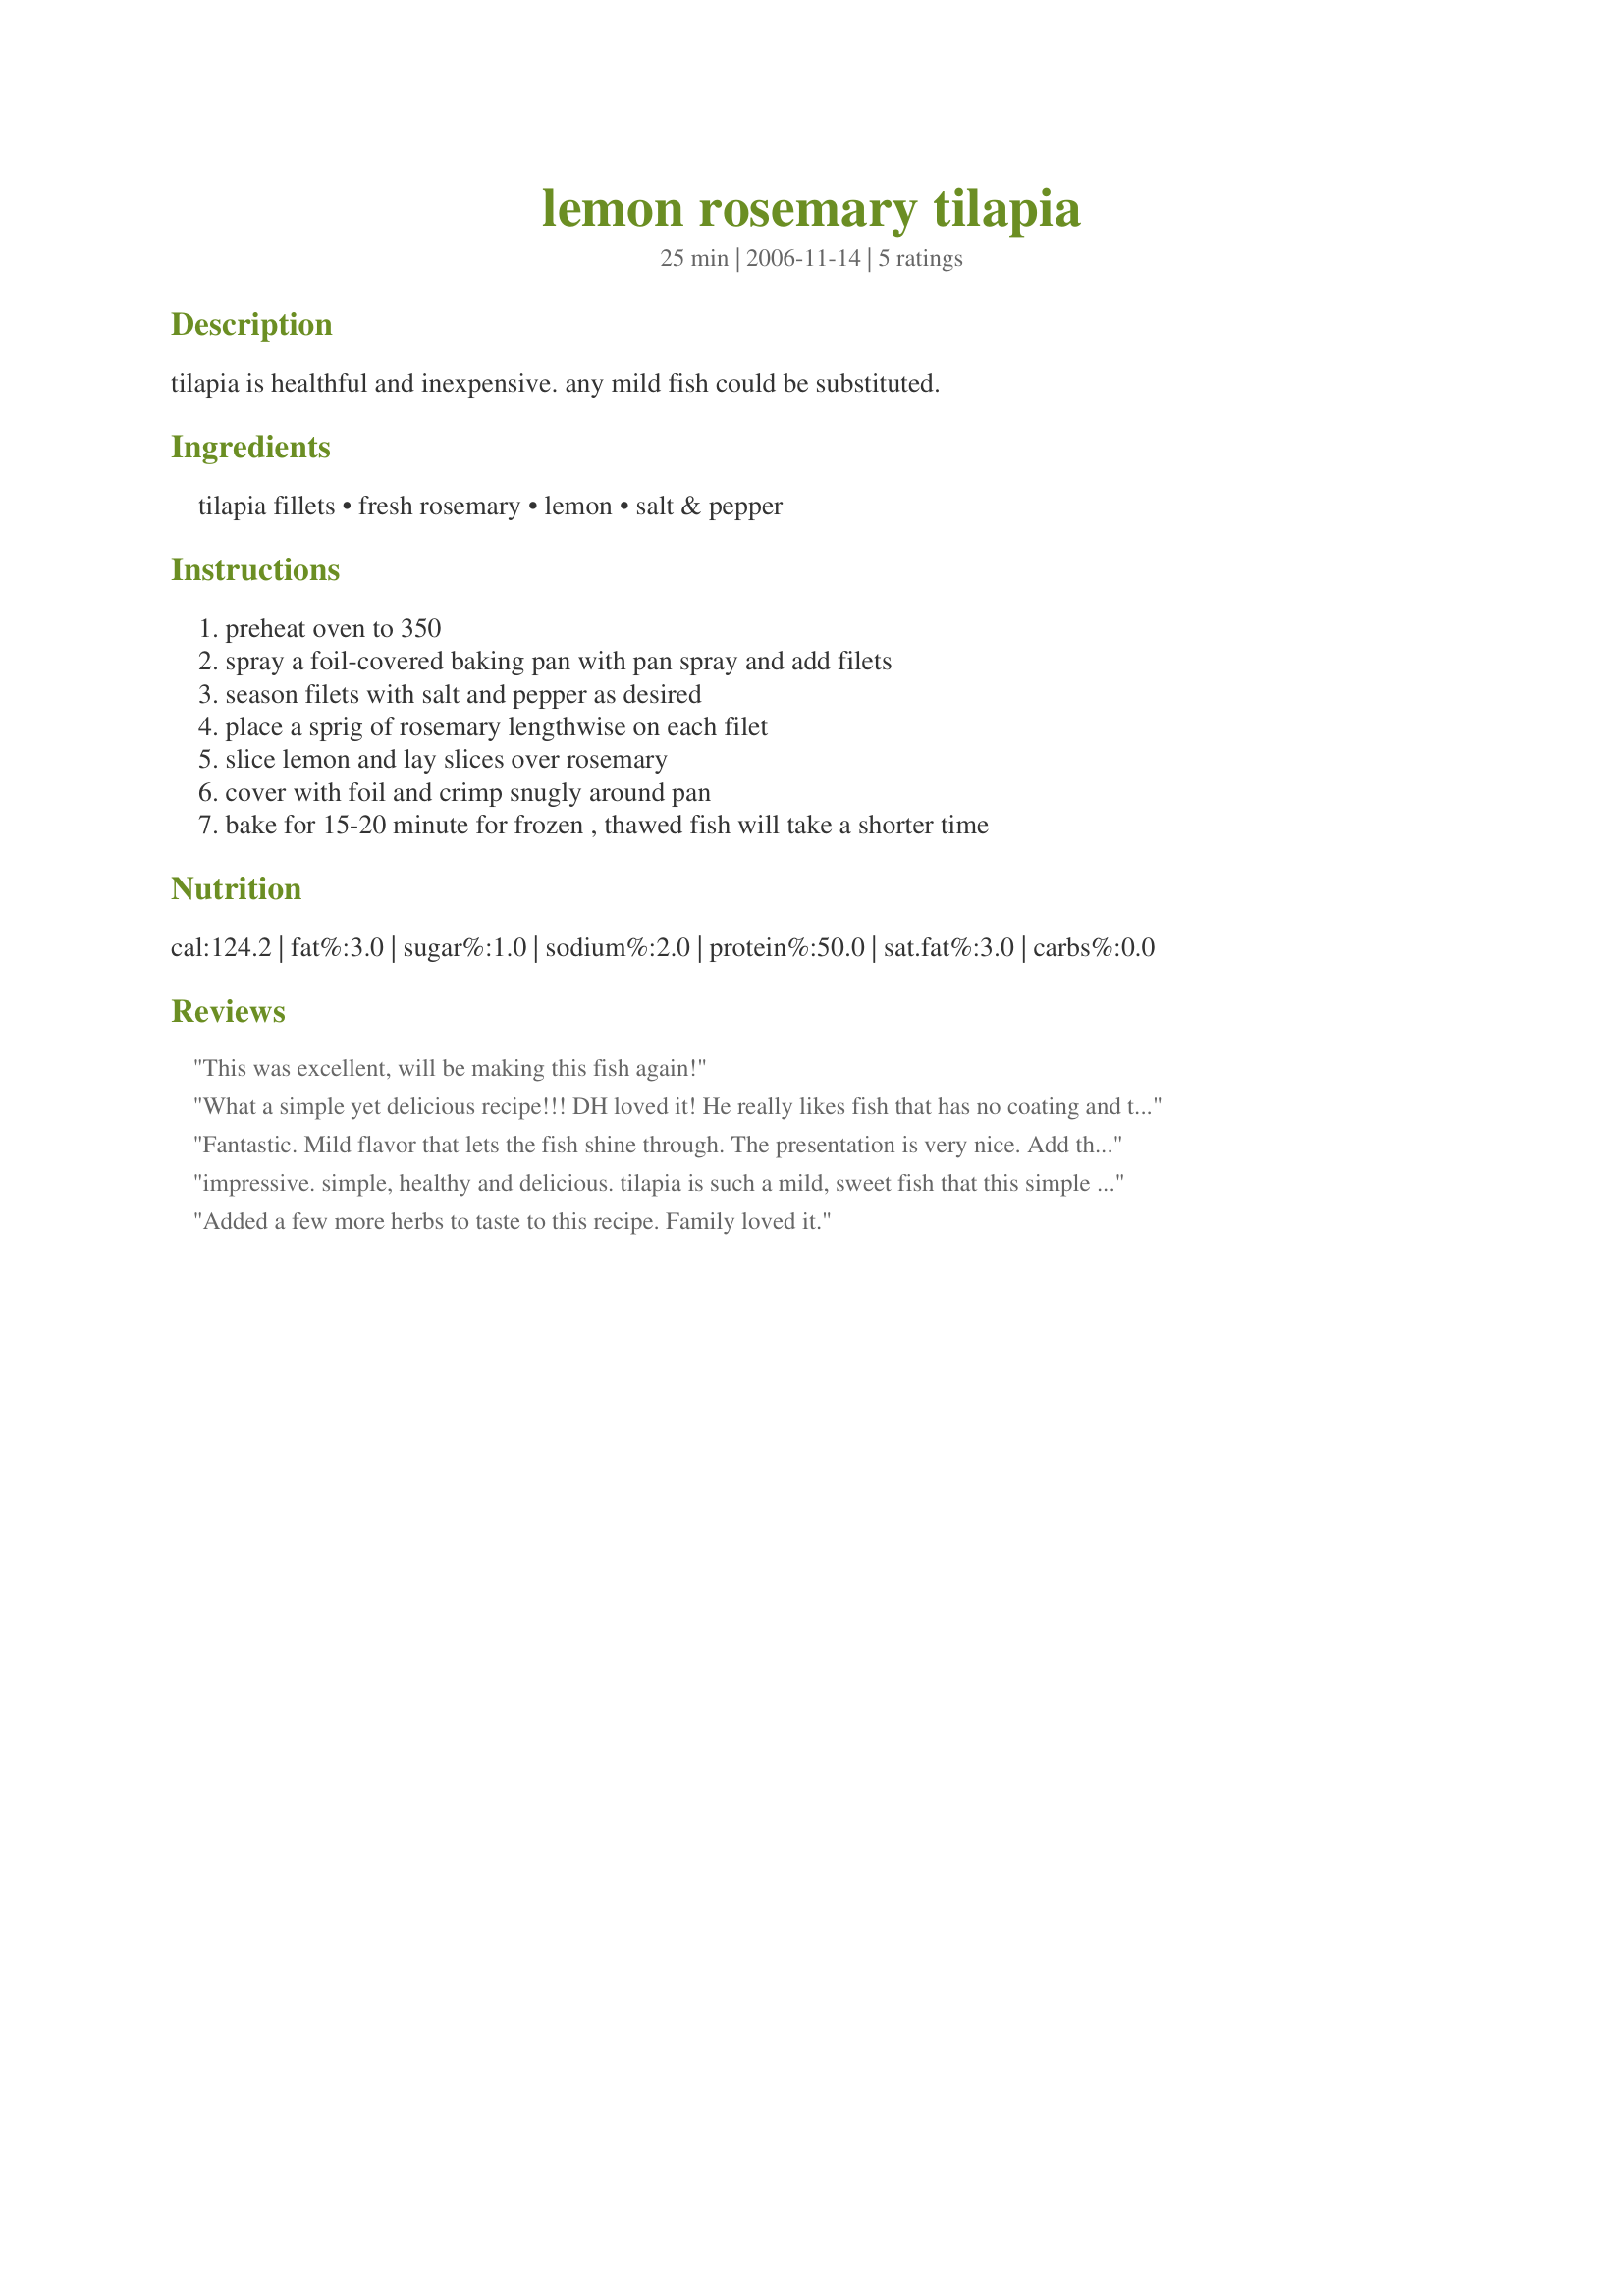
lemon rosemary tilapia
Preparation time: 25 minutes

tilapia is healthful and inexpensive. any mild fish could be substituted.

Ingredients:
tilapia fillets, fresh rosemary, lemon, salt & pepper

Steps:
preheat oven to 350, spray a foil-covered baking pan with pan spray and add filets, season filets with salt and pepper as desired, place a sprig of rosemary lengthwise on each filet, slice lemon and lay slices over rosemary, cover with foil and crimp snugly around pan, bake for 15-20 minute for frozen , thawed fish will take a shorter time

Reviews:
This was excellent, will be making this fish again!
What a simple yet delicious recipe!!! DH loved it! He really likes fish that has no coating and this one with the lemon and fresh rosemary was up his alley. I did you lemon peper for the black pepper but followed the rest of the directions. Thank you for a wonderful dish. Made for French Forum -- Rosemary.
Served with Recipe#195544#195544 and a green salad.
Fantastic. Mild flavor that lets the fish shine through. The presentation is very nice. Add that to the ease of preparation and great flavor, and you've got a winner!
impressive. simple, healthy and delicious. tilapia is such a mild, sweet fish that this simple recipe really does it great justice. rosemary is a nice touch. my 3 yr old daughter and i loved it. made this as stated but used olive oil rather than cooking spray. used sea salt and fresh cracked pepper. delicious and will make again.
Added a few more herbs to taste to this recipe. Family loved it.
